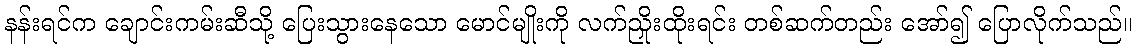
နန်းရင်က ချောင်းကမ်းဆီသို့ ပြေးသွားနေသော မောင်မျိုးကို လက်ညှိုးထိုးရင်း တစ်ဆက်တည်း အော်၍ ပြောလိုက်သည်။